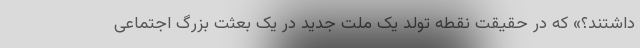
داشتند؟» که در حقیقت نقطه تولد یک ملت جدید در یک بعثت بزرگ اجتماعی